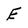
Character: E